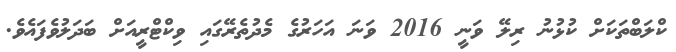
ކްލަބްތަކަށް ކުޅުނު ރިލޭ ވަނީ 2016 ވަނަ އަހަރުގެ މެދުތެރޭގައި ވިކްޓްރީއަށް ބަދަލުވެފައެވެ.